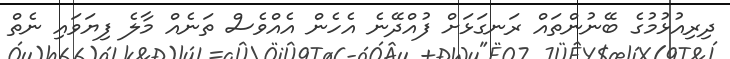
ދިރިއުޅުމުގެ ބޭނުންތައް ރަނގަޅަށް ފުއްދޭނެ އެހެން އެއްވެސް ތަނެއް މާލެ ފިޔަވައި ނެތް